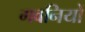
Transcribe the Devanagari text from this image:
गवनियों